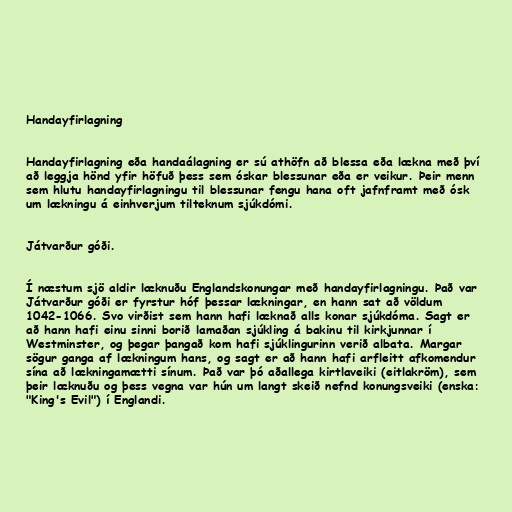
Handayfirlagning

Handayfirlagning eða handaálagning er sú athöfn að blessa eða lækna með því
að leggja hönd yfir höfuð þess sem óskar blessunar eða er veikur. Þeir menn
sem hlutu handayfirlagningu til blessunar fengu hana oft jafnframt með ósk
um lækningu á einhverjum tilteknum sjúkdómi.

Játvarður góði.

Í næstum sjö aldir læknuðu Englandskonungar með handayfirlagningu. Það var
Játvarður góði er fyrstur hóf þessar lækningar, en hann sat að völdum
1042-1066. Svo virðist sem hann hafi læknað alls konar sjúkdóma. Sagt er
að hann hafi einu sinni borið lamaðan sjúkling á bakinu til kirkjunnar í
Westminster, og þegar þangað kom hafi sjúklingurinn verið albata. Margar
sögur ganga af lækningum hans, og sagt er að hann hafi arfleitt afkomendur
sína að lækningamætti sínum. Það var þó aðallega kirtlaveiki (eitlakröm), sem
þeir læknuðu og þess vegna var hún um langt skeið nefnd konungsveiki (enska:
"King's Evil") í Englandi.